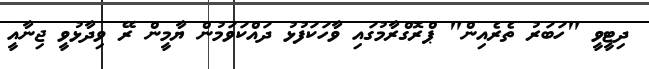
ދިޓީވީ "ހަބަރު ތެރެއިން" ޕްރޮގްރާމުގައި ވާހަކަފުޅު ދައްކަވަމުން ޔާމީން ރޭ ވިދާޅުވީ ޖިނާއީ